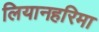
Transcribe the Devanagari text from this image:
लियानहरिमा